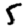
Digit: 5